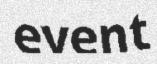
event